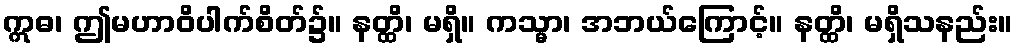
ဣဓ၊ ဤမဟာဝိပါက်စိတ်၌။ နတ္ထိ၊ မရှိ။ ကသ္မာ၊ အဘယ်ကြောင့်။ နတ္ထိ၊ မရှိသနည်း။